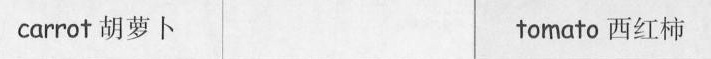
carrot胡萝卜 tomato 西红柿